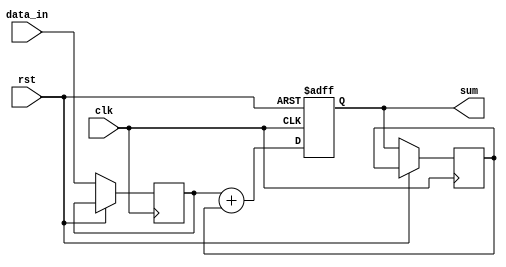
module cascade_accumulator (
    input clk,
    input rst,
    input [31:0] data_in,
    output reg [31:0] sum
);

reg [31:0] data1;
reg [31:0] data2;

always @(posedge clk or posedge rst) begin
    if (rst) begin
        sum <= 0;
    end else begin
        data1 <= data_in;
        data2 <= sum;
        sum <= data1 + data2;
    end
end

endmodule